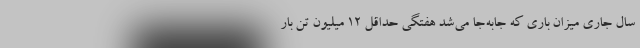
سال جاری میزان باری که جابه‌جا می‌شد هفتگی حداقل ۱۲ میلیون تن بار